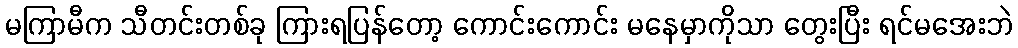
မကြာမီက သီတင်းတစ်ခု ကြားရပြန်တော့ ကောင်းကောင်း မနေမှာကိုသာ တွေးပြီး ရင်မအေးဘဲ